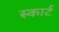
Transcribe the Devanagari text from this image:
स्कार्ट